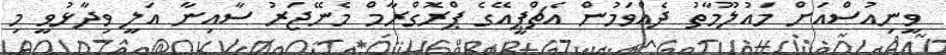
ވީނިއުސްއަށް މައުލޫމާތު ދެއްވަމުން އެޗްޕީއޭގެ ޕްރޮގްރާމް މެނޭޖަރު ސާއިނާ އަލީ ވިދާޅުވީ މި